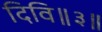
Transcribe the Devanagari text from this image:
दिवि॥३॥